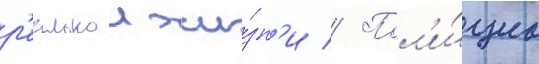
р'еальнои жи́зн'и // Пол'и́циа